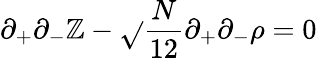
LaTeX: \partial_{+}\partial_{-}\mathbb{Z}-\sqrt{}{{\frac{{N}}{{12}}}}\partial_{+}\partial_{-}\rho=0